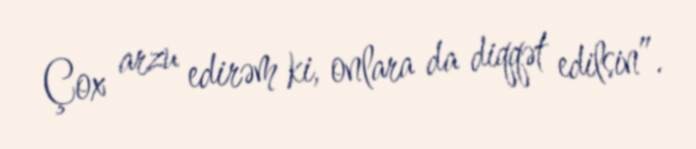
Çox arzu edirəm ki, onlara da diqqət edilsin”.